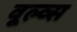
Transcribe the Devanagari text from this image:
वूल्व्स